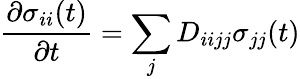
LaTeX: \frac{\partial\sigma_{ii}(t)}{\partial t}=\sum_{j}D_{iijj}\sigma_{jj}(t)